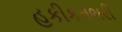
હકીકતભરી